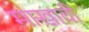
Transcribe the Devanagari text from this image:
माखावी